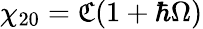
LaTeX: \chi_{20}={\mathfrak C}{\left(1+\hbar\Omega\right)}